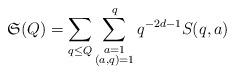
LaTeX: \begin{align*} {\mathfrak{S}}(Q)=\sum_{q\leq Q}\sum_{\substack{a=1\\(a,q)=1}}^{q}q^{-2d-1}S(q,a)\end{align*}